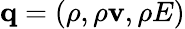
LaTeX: \mathbf{q}=(\rho,\rho\mathbf{v},\rho E)